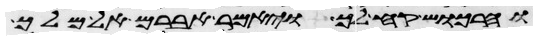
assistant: והרכוש קח לך ויאמר אברם אל מלך